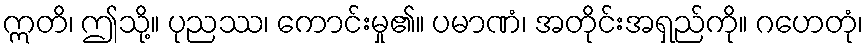
ဣတိ၊ ဤသို့။ ပုညဿ၊ ကောင်းမှု၏။ ပမာဏံ၊ အတိုင်းအရှည်ကို။ ဂဟေတုံ၊